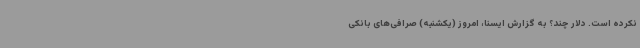
نکرده است. دلار چند؟ به گزارش ایسنا، امروز (یکشنبه) صرافی‌های بانکی